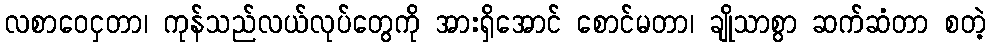
လစာဝေငှတာ၊ ကုန်သည်လယ်လုပ်တွေကို အားရှိအောင် စောင်မတာ၊ ချိုသာစွာ ဆက်ဆံတာ စတဲ့